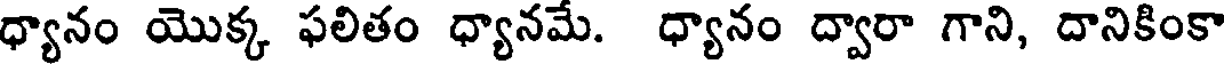
ధ్యానం యొక్క ఫలితం ధ్యానమే. ధ్యానం ద్వారా గాని, దానికింకా